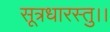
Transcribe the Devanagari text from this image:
सूत्रधारस्तु।।